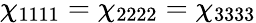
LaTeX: \chi_{1111}=\chi_{2222}=\chi_{3333}